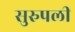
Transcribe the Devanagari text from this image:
सुरुपली